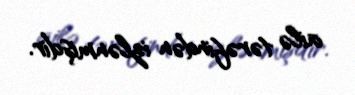
ailə tərəfindən izlənmişdir.